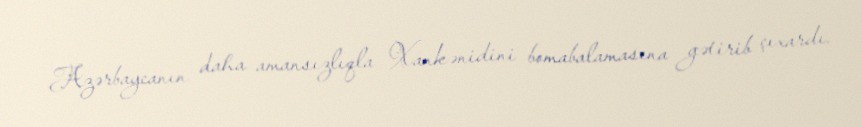
Azərbaycanın daha amansızlıqla Xankənidini bomabalamasına gətirib çıxardı.